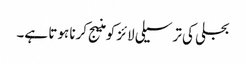
بجلی کی ترسیلی لائز کو منیج کرنا ہوتا ہے۔